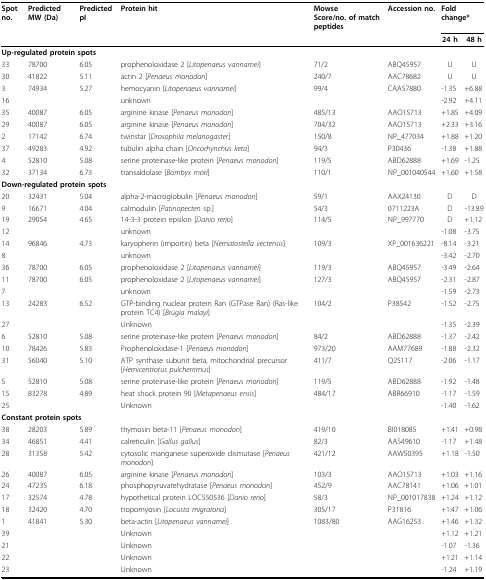
<table><thead><tr><td><b>Spot no.</b></td><td><b>Predicted MW (Da)</b></td><td><b>Predicted pI</b></td><td><b>Protein hit</b></td><td><b>MowseScore/no. of match peptides</b></td><td><b>Accession no.</b></td><td colspan="2"><b>Fold change*</b></td></tr><tr><td></td><td></td><td></td><td></td><td></td><td></td><td><b>24 h</b></td><td><b>48 h</b></td></tr></thead><tbody><tr><td colspan="4"><b>Up-regulated protein spots</b></td><td></td><td></td><td></td><td></td></tr><tr><td>33</td><td>78700</td><td>6.05</td><td>prophenoloxidase 2 [<i>Litopenaeus vannamei</i>]</td><td>71/2</td><td>ABQ45957</td><td>U</td><td>U</td></tr><tr><td>30</td><td>41822</td><td>5.11</td><td>actin 2 [<i>Penaeus monodon</i>]</td><td>240/7</td><td>AAC78682</td><td>U</td><td>U</td></tr><tr><td>3</td><td>74934</td><td>5.27</td><td>hemocyanin [<i>Litopenaeus vannamei</i>]</td><td>99/4</td><td>CAA57880</td><td>-1.35</td><td>+6.88</td></tr><tr><td>16</td><td></td><td></td><td>unknown</td><td></td><td></td><td>-2.92</td><td>+4.11</td></tr><tr><td>35</td><td>40087</td><td>6.05</td><td>arginine kinase [<i>Penaeus monodon</i>]</td><td>485/13</td><td>AAO15713</td><td>+1.85</td><td>+4.09</td></tr><tr><td>29</td><td>40087</td><td>6.05</td><td>arginine kinase [<i>Penaeus monodon</i>]</td><td>704/32</td><td>AAO15713</td><td>+2.33</td><td>+3.16</td></tr><tr><td>2</td><td>17142</td><td>6.74</td><td>twinstar [<i>Drosophila melanogaster</i>]</td><td>150/8</td><td>NP_477034</td><td>+1.88</td><td>+1.20</td></tr><tr><td>37</td><td>49283</td><td>4.92</td><td>tubulin alpha chain [<i>Oncorhynchus keta</i>]</td><td>94/3</td><td>P30436</td><td>-1.38</td><td>+1.88</td></tr><tr><td>4</td><td>52810</td><td>5.08</td><td>serine proteinase-like protein [<i>Penaeus monodon</i>]</td><td>119/5</td><td>ABD62888</td><td>+1.69</td><td>-1.25</td></tr><tr><td>32</td><td>37134</td><td>6.73</td><td>transaldolase [<i>Bombyx mori</i>]</td><td>110/1</td><td>NP_001040544</td><td>+1.60</td><td>+1.58</td></tr><tr><td colspan="4"><b>Down-regulated protein spots</b></td><td></td><td></td><td></td><td></td></tr><tr><td>20</td><td>32431</td><td>5.04</td><td>alpha-2-macroglobulin [<i>Penaeus monodon</i>]</td><td>59/1</td><td>AAX24130</td><td>D</td><td>D</td></tr><tr><td>9</td><td>16671</td><td>4.04</td><td>calmodulin [<i>Patinopecten </i>sp.]</td><td>54/3</td><td>0711223A</td><td>D</td><td>-13.89</td></tr><tr><td>19</td><td>29054</td><td>4.65</td><td>14-3-3 protein epsilon [<i>Danio rerio</i>]</td><td>114/5</td><td>NP_997770</td><td>D</td><td>+1.12</td></tr><tr><td>12</td><td></td><td></td><td>unknown</td><td></td><td></td><td>-1.08</td><td>-3.75</td></tr><tr><td>14</td><td>96846</td><td>4.73</td><td>karyopherin (importin) beta [<i>Nematostella vectensis</i>]</td><td>109/3</td><td>XP_001636221</td><td>-8.14</td><td>-3.21</td></tr><tr><td>8</td><td></td><td></td><td>unknown</td><td></td><td></td><td>-3.42</td><td>-2.70</td></tr><tr><td>36</td><td>78700</td><td>6.05</td><td>prophenoloxidase 2 [<i>Litopenaeus vannamei</i>]</td><td>119/3</td><td>ABQ45957</td><td>-3.49</td><td>-2.64</td></tr><tr><td>11</td><td>78700</td><td>6.05</td><td>prophenoloxidase 2 [<i>Litopenaeus vannamei</i>]</td><td>127/3</td><td>ABQ45957</td><td>-2.31</td><td>-2.87</td></tr><tr><td>7</td><td></td><td></td><td>unknown</td><td></td><td></td><td>-1.59</td><td>-2.73</td></tr><tr><td>13</td><td>24283</td><td>6.52</td><td>GTP-binding nuclear protein Ran (GTPase Ran) (Ras-like protein TC4) [<i>Brugia malayi</i>]</td><td>104/2</td><td>P38542</td><td>-1.52</td><td>-2.75</td></tr><tr><td>27</td><td></td><td></td><td>Unknown</td><td></td><td></td><td>-1.35</td><td>-2.39</td></tr><tr><td>6</td><td>52810</td><td>5.08</td><td>serine proteinase-like protein [<i>Penaeus monodon</i>]</td><td>84/2</td><td>ABD62888</td><td>-1.37</td><td>-2.42</td></tr><tr><td>10</td><td>78426</td><td>5.83</td><td>Prophenoloxidase-1 [<i>Penaeus monodon</i>]</td><td>973/20</td><td>AAM77689</td><td>-1.88</td><td>-2.32</td></tr><tr><td>31</td><td>56040</td><td>5.10</td><td>ATP synthase subunit beta, mitochondrial precursor [<i>Hemicentrotus pulcherrimus</i>]</td><td>411/7</td><td>Q25117</td><td>-2.06</td><td>-1.17</td></tr><tr><td>5</td><td>52810</td><td>5.08</td><td>serine proteinase-like protein [<i>Penaeus monodon</i>]</td><td>119/5</td><td>ABD62888</td><td>-1.92</td><td>-1.48</td></tr><tr><td>15</td><td>83278</td><td>4.89</td><td>heat shock protein 90 [<i>Metapenaeus ensis</i>]</td><td>484/17</td><td>ABR66910</td><td>-1.17</td><td>-1.59</td></tr><tr><td>25</td><td></td><td></td><td>Unknown</td><td></td><td></td><td>-1.40</td><td>-1.62</td></tr><tr><td colspan="4"><b>Constant protein spots</b></td><td></td><td></td><td></td><td></td></tr><tr><td>38</td><td>28203</td><td>5.89</td><td>thymosin beta-11 [<i>Penaeus monodon</i>]</td><td>419/10</td><td>BI018085</td><td>+1.41</td><td>+0.98</td></tr><tr><td>34</td><td>46851</td><td>4.41</td><td>calreticulin [<i>Gallus gallus</i>]</td><td>82/3</td><td>AAS49610</td><td>-1.17</td><td>+1.48</td></tr><tr><td>28</td><td>31358</td><td>5.42</td><td>cytosolic manganese superoxide dismutase [<i>Penaeus monodon</i>]</td><td>421/12</td><td>AAW50395</td><td>+1.18</td><td>-1.50</td></tr><tr><td>26</td><td>40087</td><td>6.05</td><td>arginine kinase [<i>Penaeus monodon</i>]</td><td>103/3</td><td>AAO15713</td><td>+1.03</td><td>+1.16</td></tr><tr><td>24</td><td>47235</td><td>6.18</td><td>phosphopyruvatehydratase [<i>Penaeus monodon</i>]</td><td>452/9</td><td>AAC78141</td><td>+1.06</td><td>+1.01</td></tr><tr><td>17</td><td>32574</td><td>4.78</td><td>hypothetical protein LOC550536 [<i>Danio rerio</i>]</td><td>58/3</td><td>NP_001017838</td><td>+1.24</td><td>+1.12</td></tr><tr><td>18</td><td>32420</td><td>4.70</td><td>tropomyosin [<i>Locusta migratoria</i>]</td><td>305/17</td><td>P31816</td><td>+1.47</td><td>+1.06</td></tr><tr><td>1</td><td>41841</td><td>5.30</td><td>beta-actin [<i>Litopenaeus vannamei</i>]</td><td>1083/80</td><td>AAG16253</td><td>+1.46</td><td>+1.32</td></tr><tr><td>39</td><td></td><td></td><td>Unknown</td><td></td><td></td><td>+1.12</td><td>+1.21</td></tr><tr><td>21</td><td></td><td></td><td>Unknown</td><td></td><td></td><td>-1.07</td><td>-1.36</td></tr><tr><td>22</td><td></td><td></td><td>Unknown</td><td></td><td></td><td>+1.21</td><td>+1.14</td></tr><tr><td>23</td><td></td><td></td><td>Unknown</td><td></td><td></td><td>-1.24</td><td>+1.19</td></tr></tbody></table>